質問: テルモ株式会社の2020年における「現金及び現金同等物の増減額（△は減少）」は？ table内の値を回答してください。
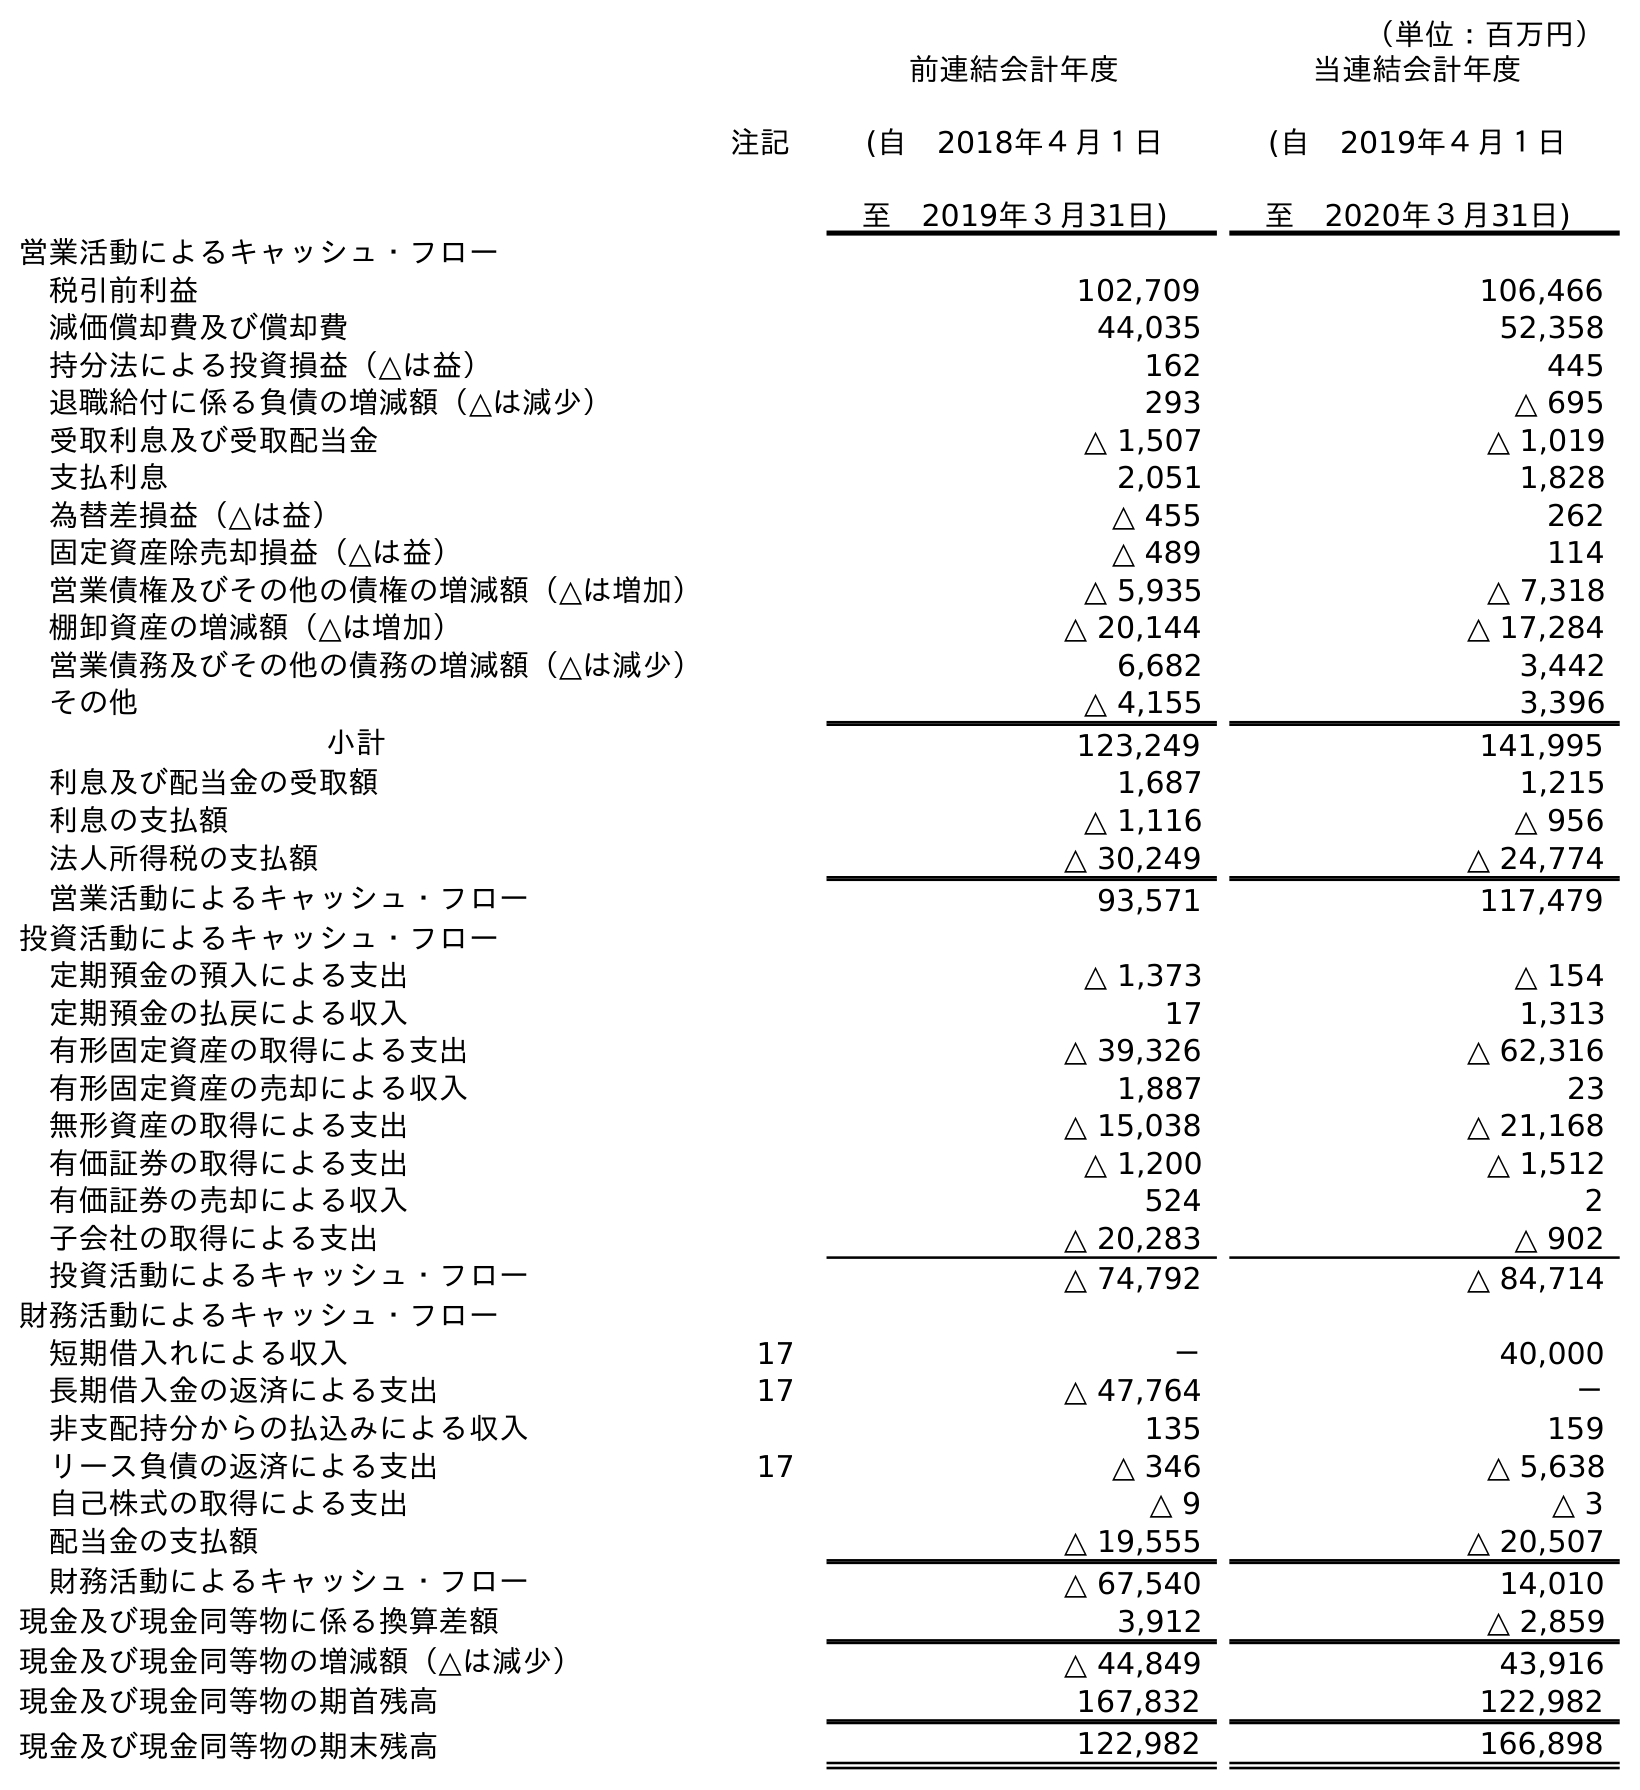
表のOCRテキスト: （単位：百万円） 注記 前連結会計年度 (自 2018年４月１日 至 2019年３月31日) 当連結会計年度 (自 2019年４月１日 至 2020年３月31日) 営業活動によるキャッシュ・フロー 税引前利益 102,709 106,466 減価償却費及び償却費 44,035 52,358 持分法による投資損益（△は益） 162 445 退職給付に係る負債の増減額（△は減少） 293 △ 695 受取利息及び受取配当金 △ 1,507 △ 1,019 支払利息 2,051 1,828 為替差損益（△は益） △ 455 262 固定資産除売却損益（△は益） △ 489 114 営業債権及びその他の債権の増減額（△は増加） △ 5,935 △ 7,318 棚卸資産の増減額（△は増加） △ 20,144 △ 17,284 営業債務及びその他の債務の増減額（△は減少） 6,682 3,442 その他 △ 4,155 3,396 小計 123,249 141,995 利息及び配当金の受取額 1,687 1,215 利息の支払額 △ 1,116 △ 956 法人所得税の支払額 △ 30,249 △ 24,774 営業活動によるキャッシュ・フロー 93,571 117,479 投資活動によるキャッシュ・フロー 定期預金の預入による支出 △ 1,373 △ 154 定期預金の払戻による収入 17 1,313 有形固定資産の取得による支出 △ 39,326 △ 62,316 有形固定資産の売却による収入 1,887 23 無形資産の取得による支出 △ 15,038 △ 21,168 有価証券の取得による支出 △ 1,200 △ 1,512 有価証券の売却による収入 524 2 子会社の取得による支出 △ 20,283 △ 902 投資活動によるキャッシュ・フロー △ 74,792 △ 84,714 財務活動によるキャッシュ・フロー 短期借入れによる収入 17 － 40,000 長期借入金の返済による支出 17 △ 47,764 － 非支配持分からの払込みによる収入 135 159 リース負債の返済による支出 17 △ 346 △ 5,638 自己株式の取得による支出 △ 9 △ 3 配当金の支払額 △ 19,555 △ 20,507 財務活動によるキャッシュ・フロー △ 67,540 14,010 現金及び現金同等物に係る換算差額 3,912 △ 2,859 現金及び現金同等物の増減額（△は減少） △ 44,849 43,916 現金及び現金同等物の期首残高 167,832 122,982 現金及び現金同等物の期末残高 122,982 166,898
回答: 43,916